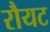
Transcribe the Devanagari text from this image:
रौयट